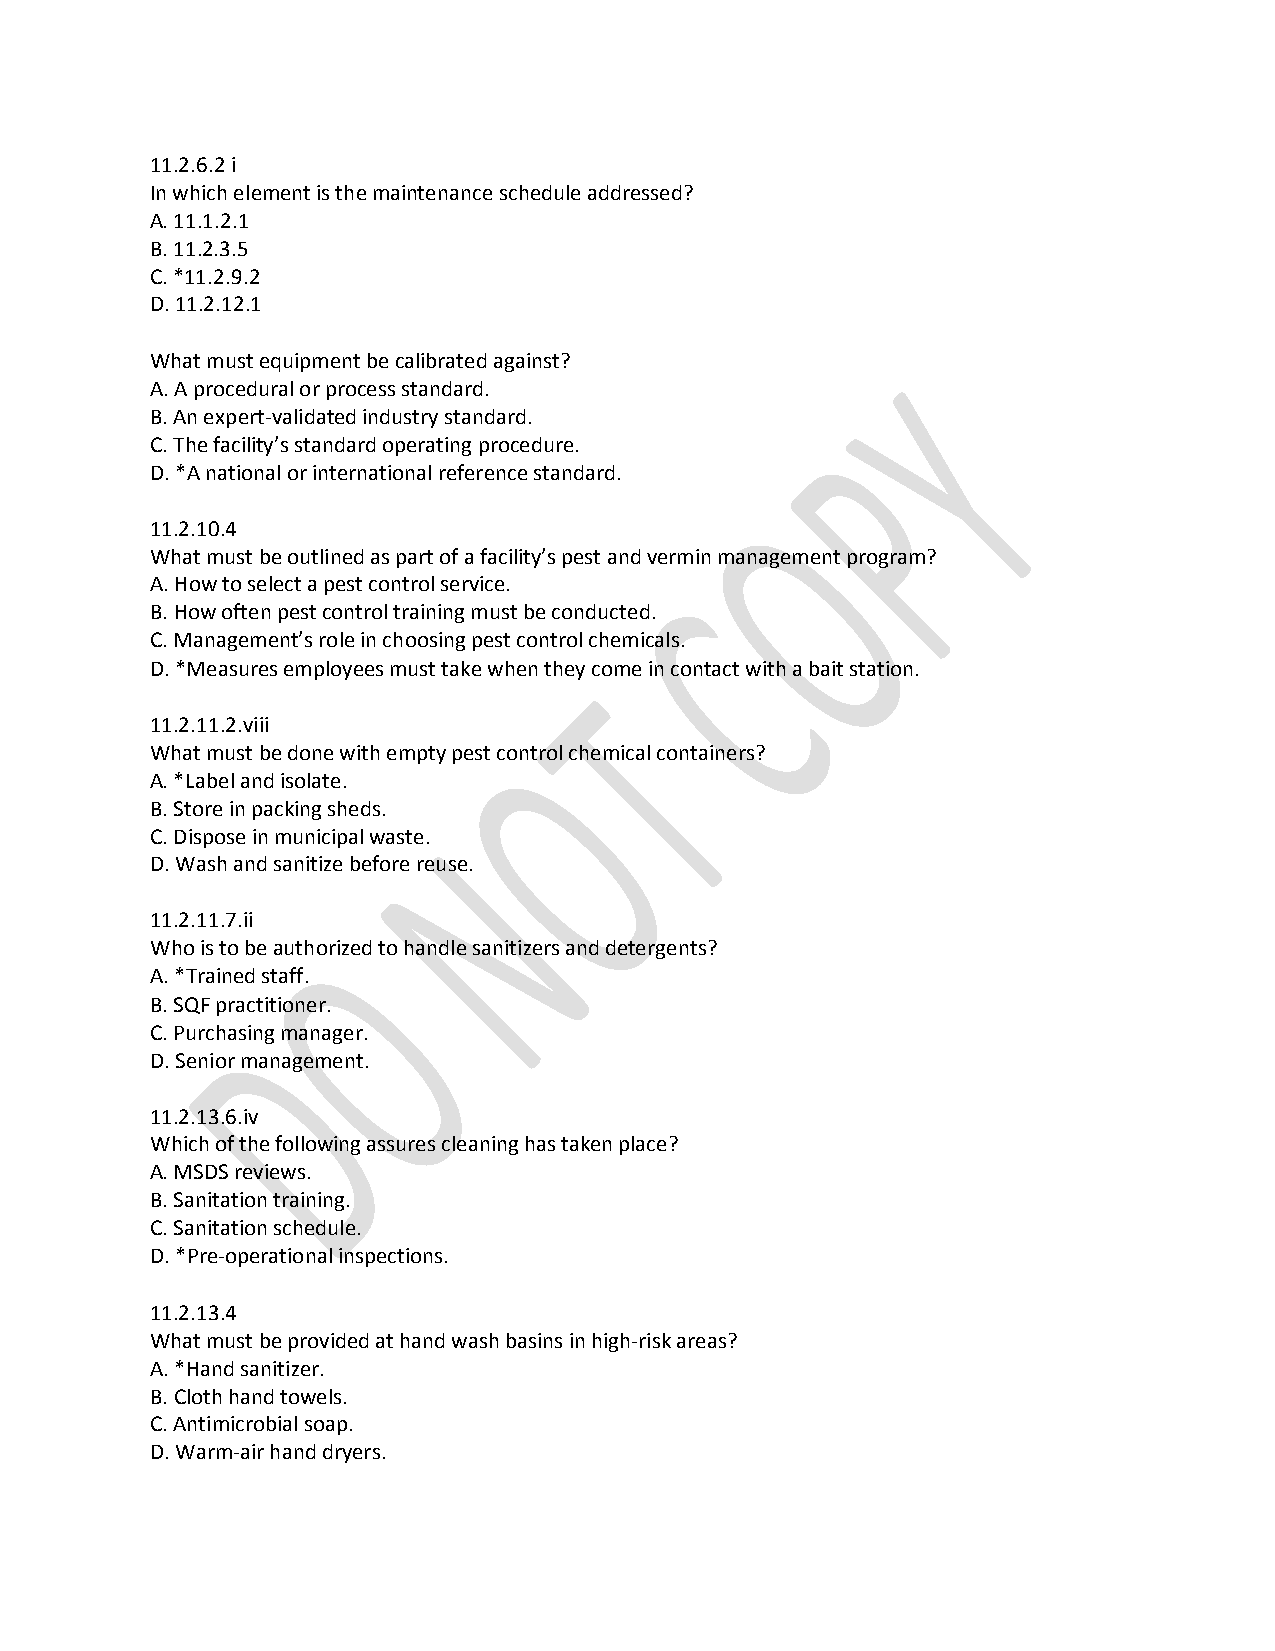
11.2.6.2 i
 In which element is the maintenance schedule addressed?
 A. 11.1.2.1
 B. 11.2.3.5
 C. *11.2.9.2
 D. 11.2.12.1
 What must equipment be calibrated against?
 A. A procedural or process standard.
 B. An expert-validated industry standard.
 C. The facility’s standard operating procedure.
 D. *A national or international reference standard.
 11.2.10.4
 What must be outlined as part of a facility’s pest and vermin management program?
 A. How to select a pest control service.
 B. How often pest control training must be conducted.
 C. Management’s role in choosing pest control chemicals.
 D. *Measures employees must take when they come in contact with a bait station.
 11.2.11.2.viii
 What must be done with empty pest control chemical containers?
 A. *Label and isolate.
 B. Store in packing sheds.
 C. Dispose in municipal waste.
 D. Wash and sanitize before reuse.
 11.2.11.7.ii
 Who is to be authorized to handle sanitizers and detergents?
 A. *Trained staff.
 B. SQF practitioner.
 C. Purchasing manager.
 D. Senior management.
 11.2.13.6.iv
 Which of the following assures cleaning has taken place?
 A. MSDS reviews.
 B. Sanitation training.
 C. Sanitation schedule.
 D. *Pre-operational inspections.
 11.2.13.4
 What must be provided at hand wash basins in high-risk areas?
 A. *Hand sanitizer.
 B. Cloth hand towels.
 C. Antimicrobial soap.
 D. Warm-air hand dryers.